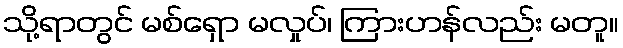
သို့ရာတွင် မစ်ရှော မလှုပ်၊ ကြားဟန်လည်း မတူ။